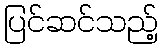
ပြင်ဆင်သည့်